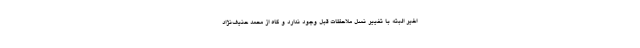
اخیر البته با تغییر نسل ملاحظات قبل وجود ندارد و گاه از محمد حنیف‌نژاد